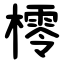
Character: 㯪